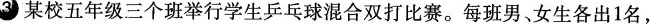
3某校五年级三个班举行学生乒乓球混合双打比赛。每班男、女生各出1名,